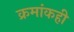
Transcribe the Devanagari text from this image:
क्रमांकही